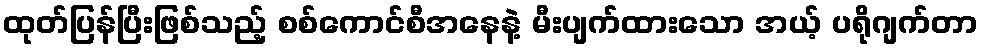
ထုတ်ပြန်ပြီးဖြစ်သည့် စစ်ကောင်စီအနေနဲ့ မီးပျက်ထားသော အယ့် ပရိုဂျက်တာ